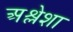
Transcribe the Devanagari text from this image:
अश्लेशा